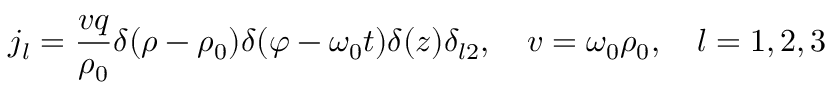
j _ { l } = \frac { v q } { \rho _ { 0 } } \delta ( \rho - \rho _ { 0 } ) \delta ( \varphi - \omega _ { 0 } t ) \delta ( z ) \delta _ { l 2 } , \quad v = \omega _ { 0 } \rho _ { 0 } , \quad l = 1 , 2 , 3